Civil Veterinary Department Bihar & Orissa reports 1929-36 - 1929-1936
Year: 1929
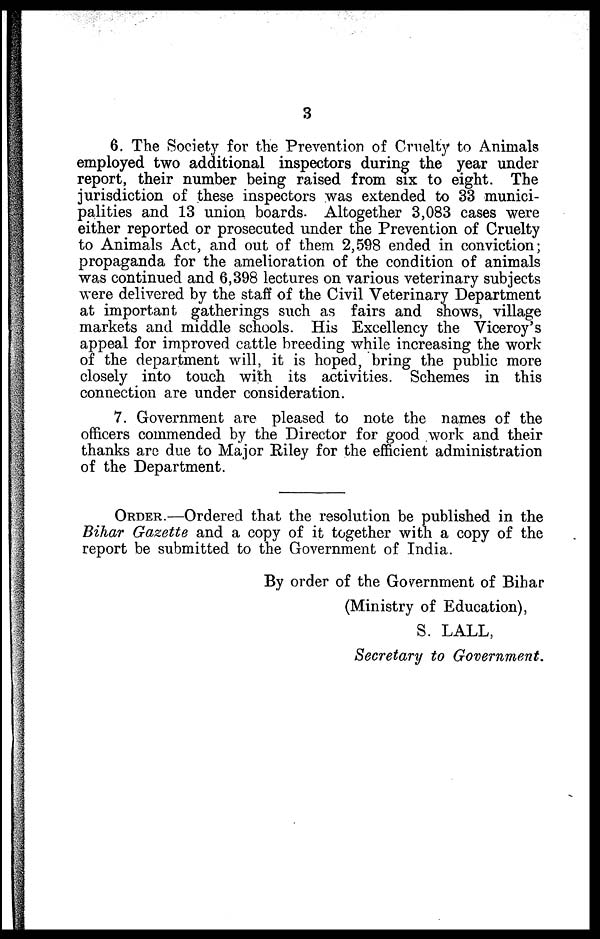
3
6. The Society for the Prevention of Cruelty to Animals
employed two additional inspectors during the year under
report, their number being raised from six to eight. The
jurisdiction of these inspectors was extended to 33 munici-
palities and 13 union boards. Altogether 3,083 cases were
either reported or prosecuted under the Prevention of Cruelty
to Animals Act, and out of them 2,598 ended in conviction;
propaganda for the amelioration of the condition of animals
was continued and 6,398 lectures on various veterinary subjects
were delivered by the staff of the Civil Veterinary Department
at important gatherings such as fairs and shows, village
markets and middle schools. His Excellency the Viceroy's
appeal for improved cattle breeding while increasing the work
of the department will, it is hoped, bring the public more
closely into touch with its activities. Schemes in this
connection are under consideration.
7. Government are pleased to note the names of the
officers commended by the Director for good work and their
thanks arc due to Major Riley for the efficient administration
of the Department.
ORDER.—Ordered that the resolution be published in the
Bihar Gazette and a copy of it together with a copy of the
report be submitted to the Government of India.
By order of the Government of Bihar
(Ministry of Education),
S. LALL,
Secretary to Government.